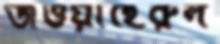
জওয়াহেরুল